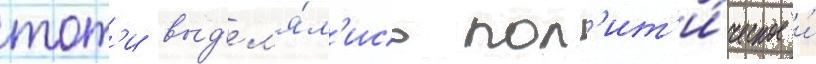
тот'и выд'ел'я́л'ись пол'ит'и́ческое и́